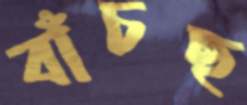
বাঁচছ